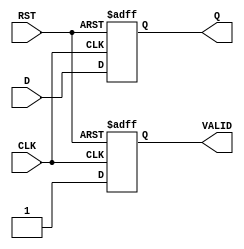
module OutputRegister #(
    parameter DATA_WIDTH = 8 // Parameter to define the width of the data input/output
)(
    input  wire [DATA_WIDTH-1:0] D,     // Data input
    input  wire CLK,                     // Clock signal
    input  wire RST,                     // Reset signal
    output reg  [DATA_WIDTH-1:0] Q,      // Data output
    output reg  VALID                     // Output valid signal
);

// Asynchronous reset and clock edge detection
always @(posedge CLK or posedge RST) begin
    if (RST) begin
        Q <= {DATA_WIDTH{1'b0}}; // Clear the register (set to zero)
        VALID <= 1'b0;           // Invalidate output
    end else begin
        Q <= D;                  // Capture the input data on clock edge
        VALID <= 1'b1;          // Set output valid
    end
end

endmodule